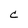
Character: c